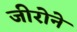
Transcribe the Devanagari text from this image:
जीरोने